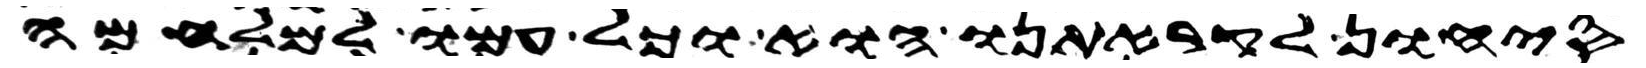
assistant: סיחון לקראתנו הוא וכל עמו למלחמה